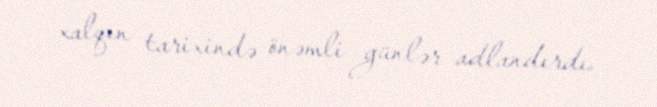
xalqın tarixində önəmli günlər adlandırdı.